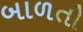
બાળતો